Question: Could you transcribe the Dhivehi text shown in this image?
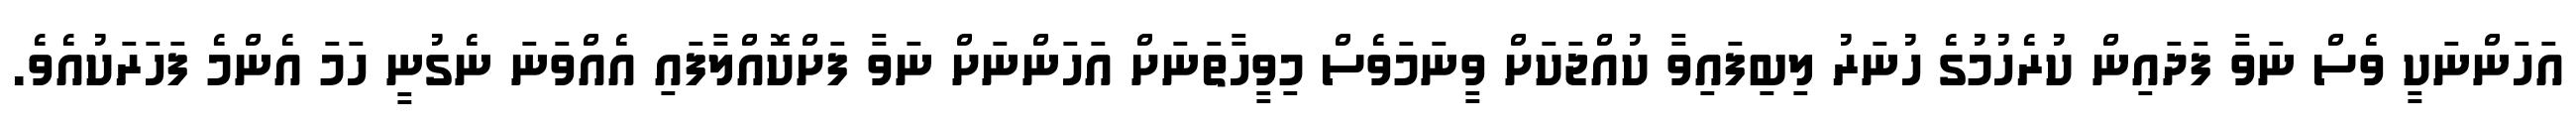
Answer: އަހަންނަކީ ވެސް ނަވާ ފަދައިން ކުރެހުމުގެ ހުނަރު ލިބިފައިވާ ކުއްޖަކަށް ވީނަމަވެސް މިވީހާތަނަށް އަހަންނަށް ނަވާ ފަށްކޮއްލާފައި އެއްވަނަ ނެގުނީ ހަމަ އެންމެ ފަހަރަކުއެވެ.